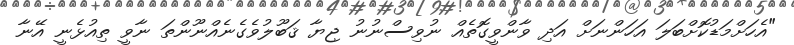
"އެހަށްމަޑުކޮށްބަލަ އަހަންނަށް އަދި ވާންވީގޮތެއް ނުވިސްނުނު ޖިޔާ ޤަބޫލުވެގެނެއްނޫންތަ ނާވީ ތިއުޅެނީ އޭނާ